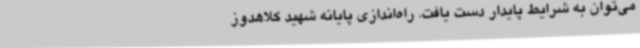
می‌توان به شرایط پایدار دست‌ یافت. راه‌اندازی پایانه شهید کلاهدوز